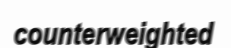
counterweighted